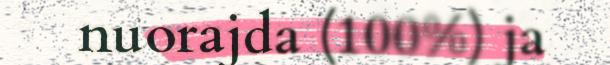
nuorajda (100%) ja